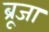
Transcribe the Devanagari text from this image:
ब्रूजा